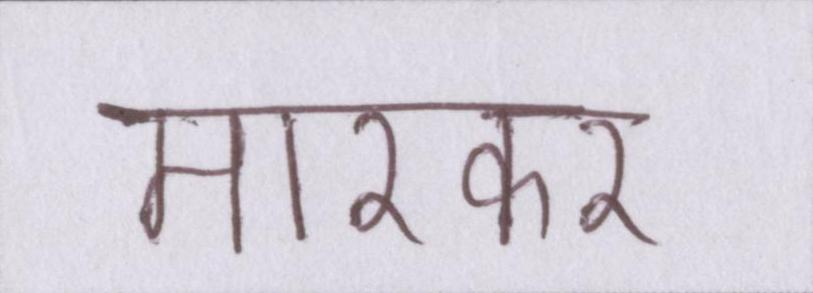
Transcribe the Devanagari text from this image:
मारकर